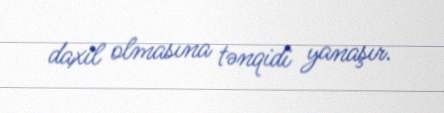
daxil olmasına tənqidi yanaşır.